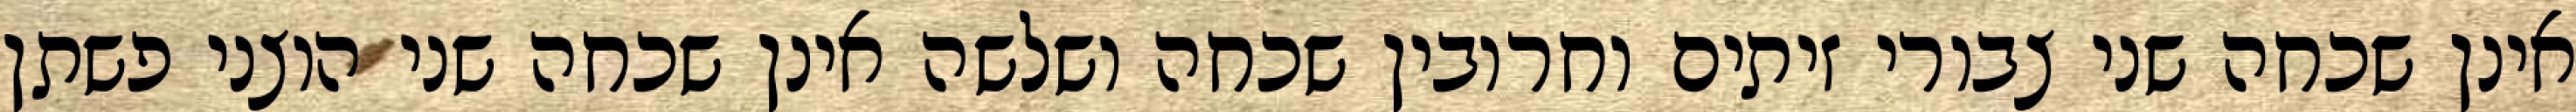
אינן שכחה שני צבורי זיתים וחרובין שכחה ושלשה אינן שכחה שני הוצני פשתן